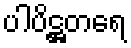
ပါပိဋ္ဌတရေ